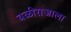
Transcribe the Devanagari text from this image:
बळीराजाला